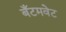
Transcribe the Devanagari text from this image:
बँटमवेट